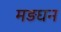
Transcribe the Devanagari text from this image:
मड़घन